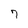
Character: 7